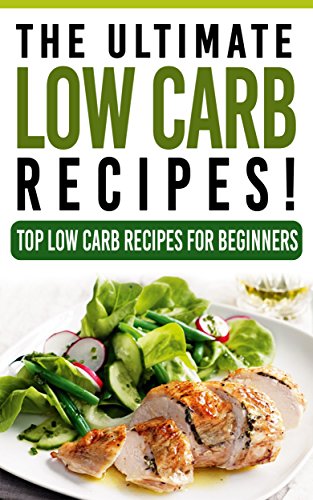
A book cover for LOW CARB: The Ultimate LOW CARB Recipes!: Top Low Carb Recipes for Beginners; Life Changing Diets; Cookbooks, Food & Wine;